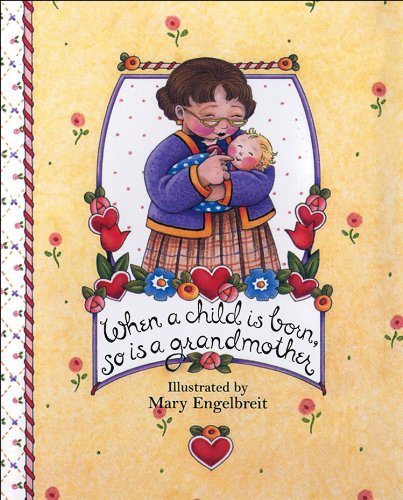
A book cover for When a Child Is Born, So Is a Grandmother (Main Street Editions Gift Books); Mary Engelbreit; Parenting & Relationships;